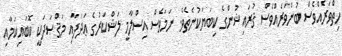
ހިތްވަރެއްވެސް ބުންވަރެއްވެސް ޤުރައިޝުންގެ ކިބަޔަކުނެތެވެ. ނަމަވެސް އިސްލާމީ ލަޝްކަރުގެ ޢަދަދާއި މަޤްޞަދަކީ ކޮބައިކަމާއި